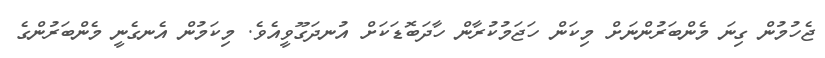
ޖެހުމުން ގިނަ މެންބަރުންނަށް މިކަން ހަޖަމުކުރާން ހާދަބޮޑަކަށް އުނދަގޫވީއެވެ. މިކަމުންް އެނގެނީ މެންބަރުންގެ